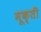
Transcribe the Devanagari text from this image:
मूक्ती